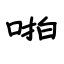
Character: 啪